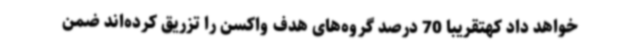
خواهد داد کهتقریبا 70 درصد گروه‌های هدف واکسن را تزریق کرده‌اند ضمن